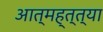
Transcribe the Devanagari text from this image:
आत्मह्त्त्या